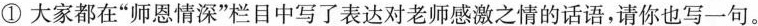
①大家都在”师恩情深”栏目中写了表达对老师感激之情的话语，请你也写一句。